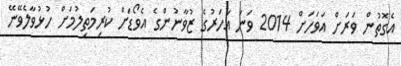
އެގޮތުން ވަރަށް އަވަހަށް 2014 ވަނަ އަހަރުގެ ޒުވާނުންގެ އެވޯޑަށް ކުރިމަތިލުމަށް ހުޅުވާލެވޭނޭ